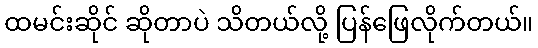
ထမင်းဆိုင် ဆိုတာပဲ သိတယ်လို့ ပြန်ဖြေလိုက်တယ်။